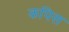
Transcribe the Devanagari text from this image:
कपिस